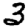
Digit: 3